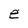
Character: e